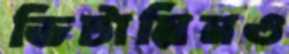
ভিটামিনও